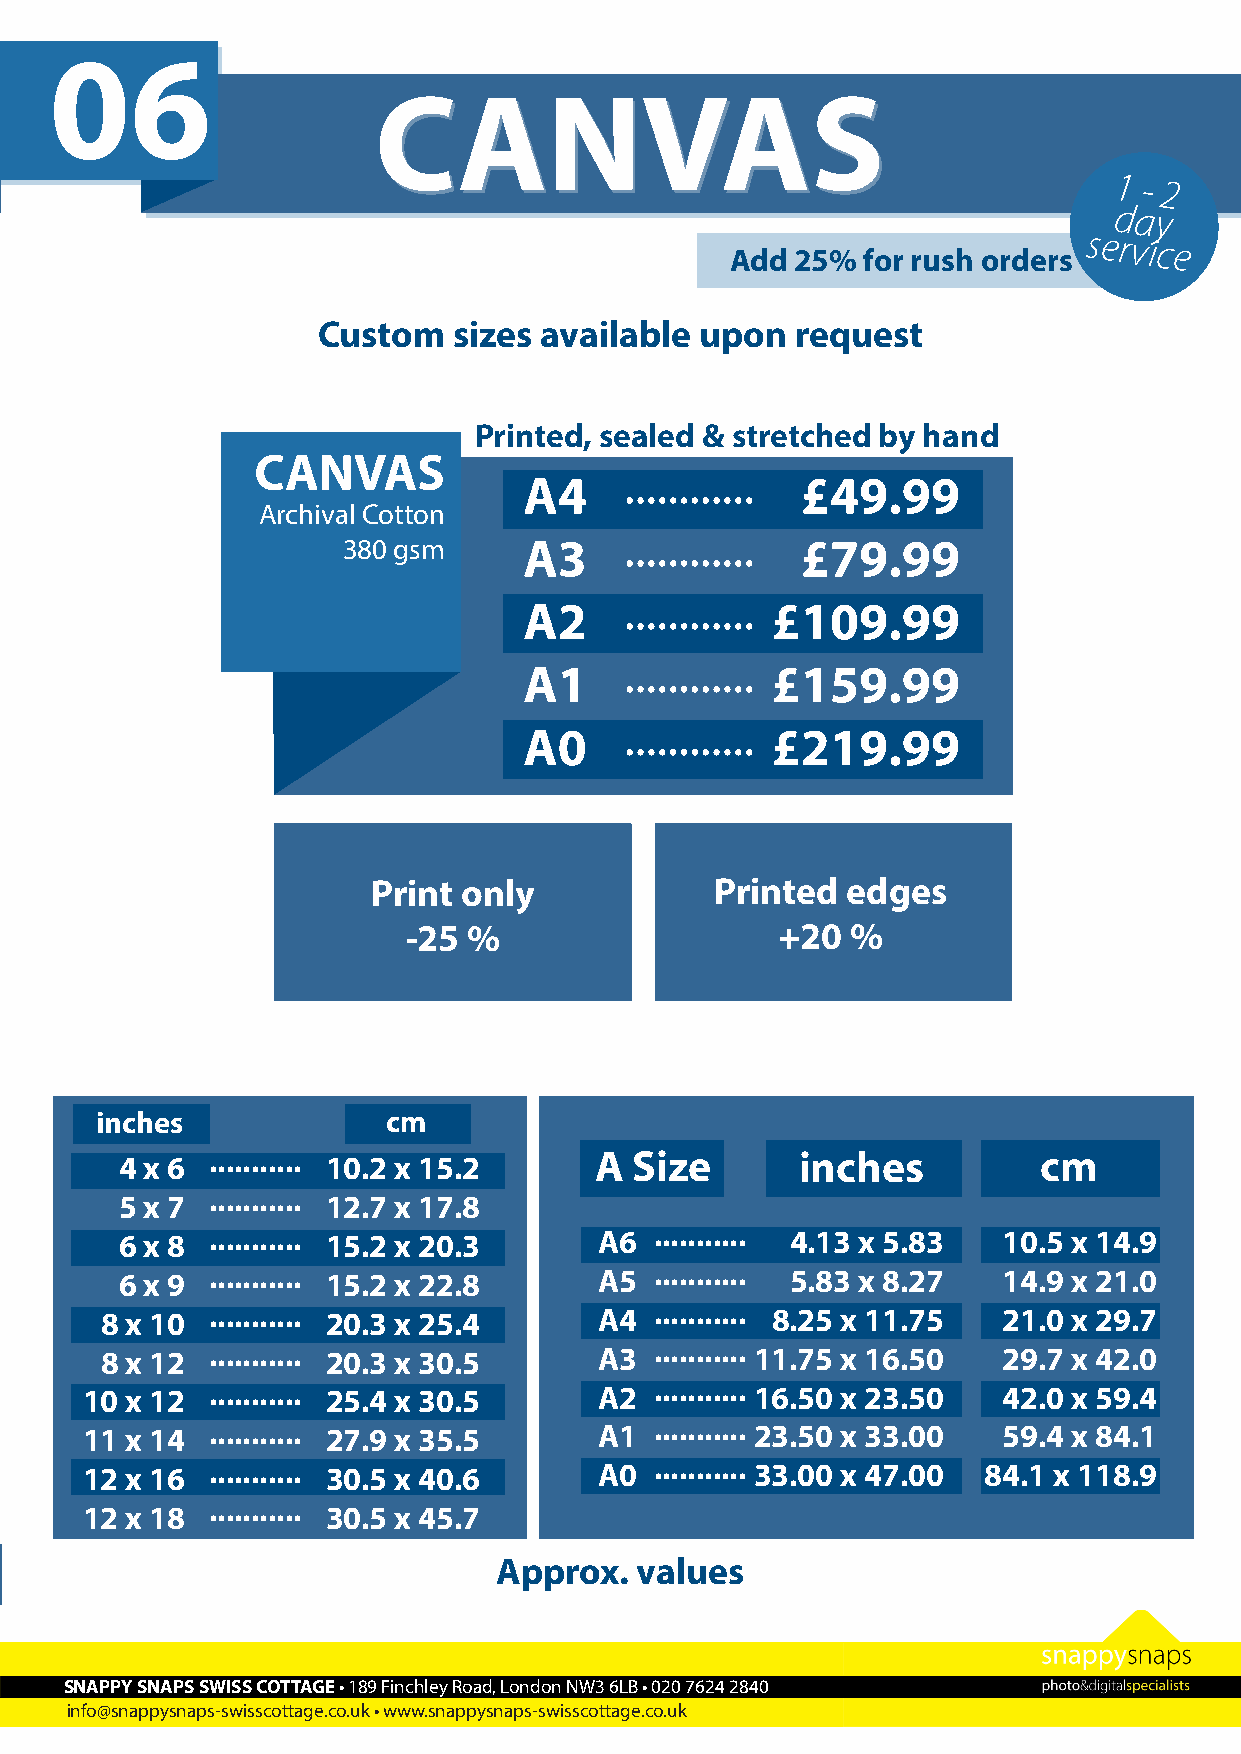
06
 CCAANNVVAASS
 1 - 2
 day
 Add  25% for rush orders
 service
 Custom sizes will be charged to their nearest larger paper size Custom sizes available upon request
 Printed, sealed & stretched by hand
 CANVAS
 ............
 A4                £49.99
 Archival Cotton
 ............
 380 gsm     A3                £79.99
 ............
 A2              £109.99
 ............
 A1              £159.99
 ............
 A0              £219.99
 Print only            Printed  edges
 -25 %                   +20  %
 inches              cm
 4 x 6 ........... 10.2 x 15.2  A  Size       inches          cm
 ...........
 5 x 7         12.7 x 17.8
 6 x 8 ........... 15.2 x 20.3   A6 ........... 4.13 x 5.83 10.5 x 14.9
 6 x 9 ........... 15.2 x 22.8   A5 ........... 5.83 x 8.27 14.9 x 21.0
 8 x 10 ........... 20.3 x 25.4   A4 ........... 8.25 x 11.75 21.0 x 29.7
 8 x 12 ........... 20.3 x 30.5   A3 ........... 11.75 x 16.50 29.7 x 42.0
 10 x 12  ........... 25.4 x 30.5   A2 ........... 16.50 x 23.50 42.0 x 59.4
 11 x 14  ........... 27.9 x 35.5   A1 ........... 23.50 x 33.00 59.4 x 84.1
 12 x 16  ........... 30.5 x 40.6   A0 ........... 33.00 x 47.00 84.1 x 118.9
 ...........
 12 x 18          30.5 x 45.7
 Approx.  values
 SNAPPY SNAPS SWISS COTTAGE • 189 Finchley Road, London NW3 6LB • 020 7624 2840
 info@snappysnaps-swisscottage.co.uk • www.snappysnaps-swisscottage.co.uk